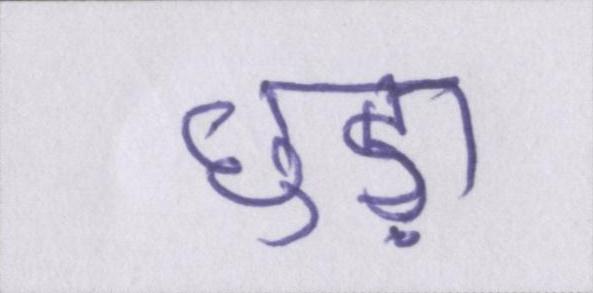
छुड़ा